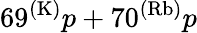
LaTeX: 69^{(\mathrm{K)}}p+70^{(\mathrm{Rb)}}p